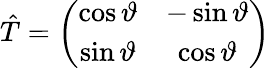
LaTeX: \hat{T}=\left(\begin{array}{cc}{\cos\vartheta}&{-\sin\vartheta}\\ {\sin\vartheta}&{\cos\vartheta}\end{array}\right)